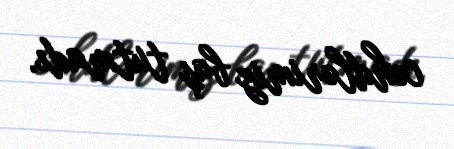
cəhdlərimiz baş tutmadı.